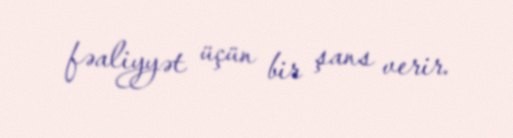
fəaliyyət üçün bir şans verir.